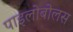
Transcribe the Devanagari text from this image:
पाइलोबोलस